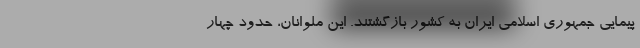
پیمایی جمهوری اسلامی ایران به کشور بازگشتند. این ملوانان، حدود چهار